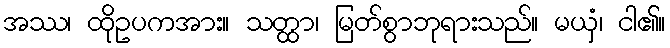
အဿ၊ ထိုဥပကအား။ သတ္ထာ၊ မြတ်စွာဘုရားသည်။ မယှံ၊ ငါ၏။